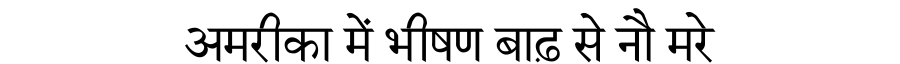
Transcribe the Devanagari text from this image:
अमरीका में भीषण बाढ़ से नौ मरे